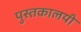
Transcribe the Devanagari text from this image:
पुस्तकालयी